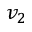
v _ { 2 }